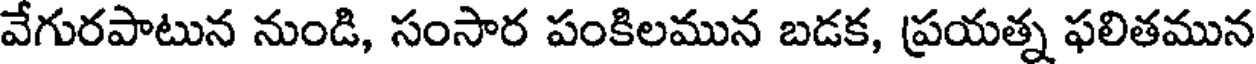
వేగురపాటున నుండి, సంసార పంకిలమున బడక, ప్రయత్న ఫలితమున